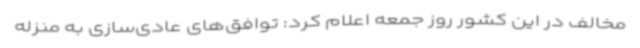
مخالف در این کشور روز جمعه اعلام کرد: توافق‌های عادی‌سازی به منزله